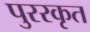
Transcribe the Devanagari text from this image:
पुररकृत